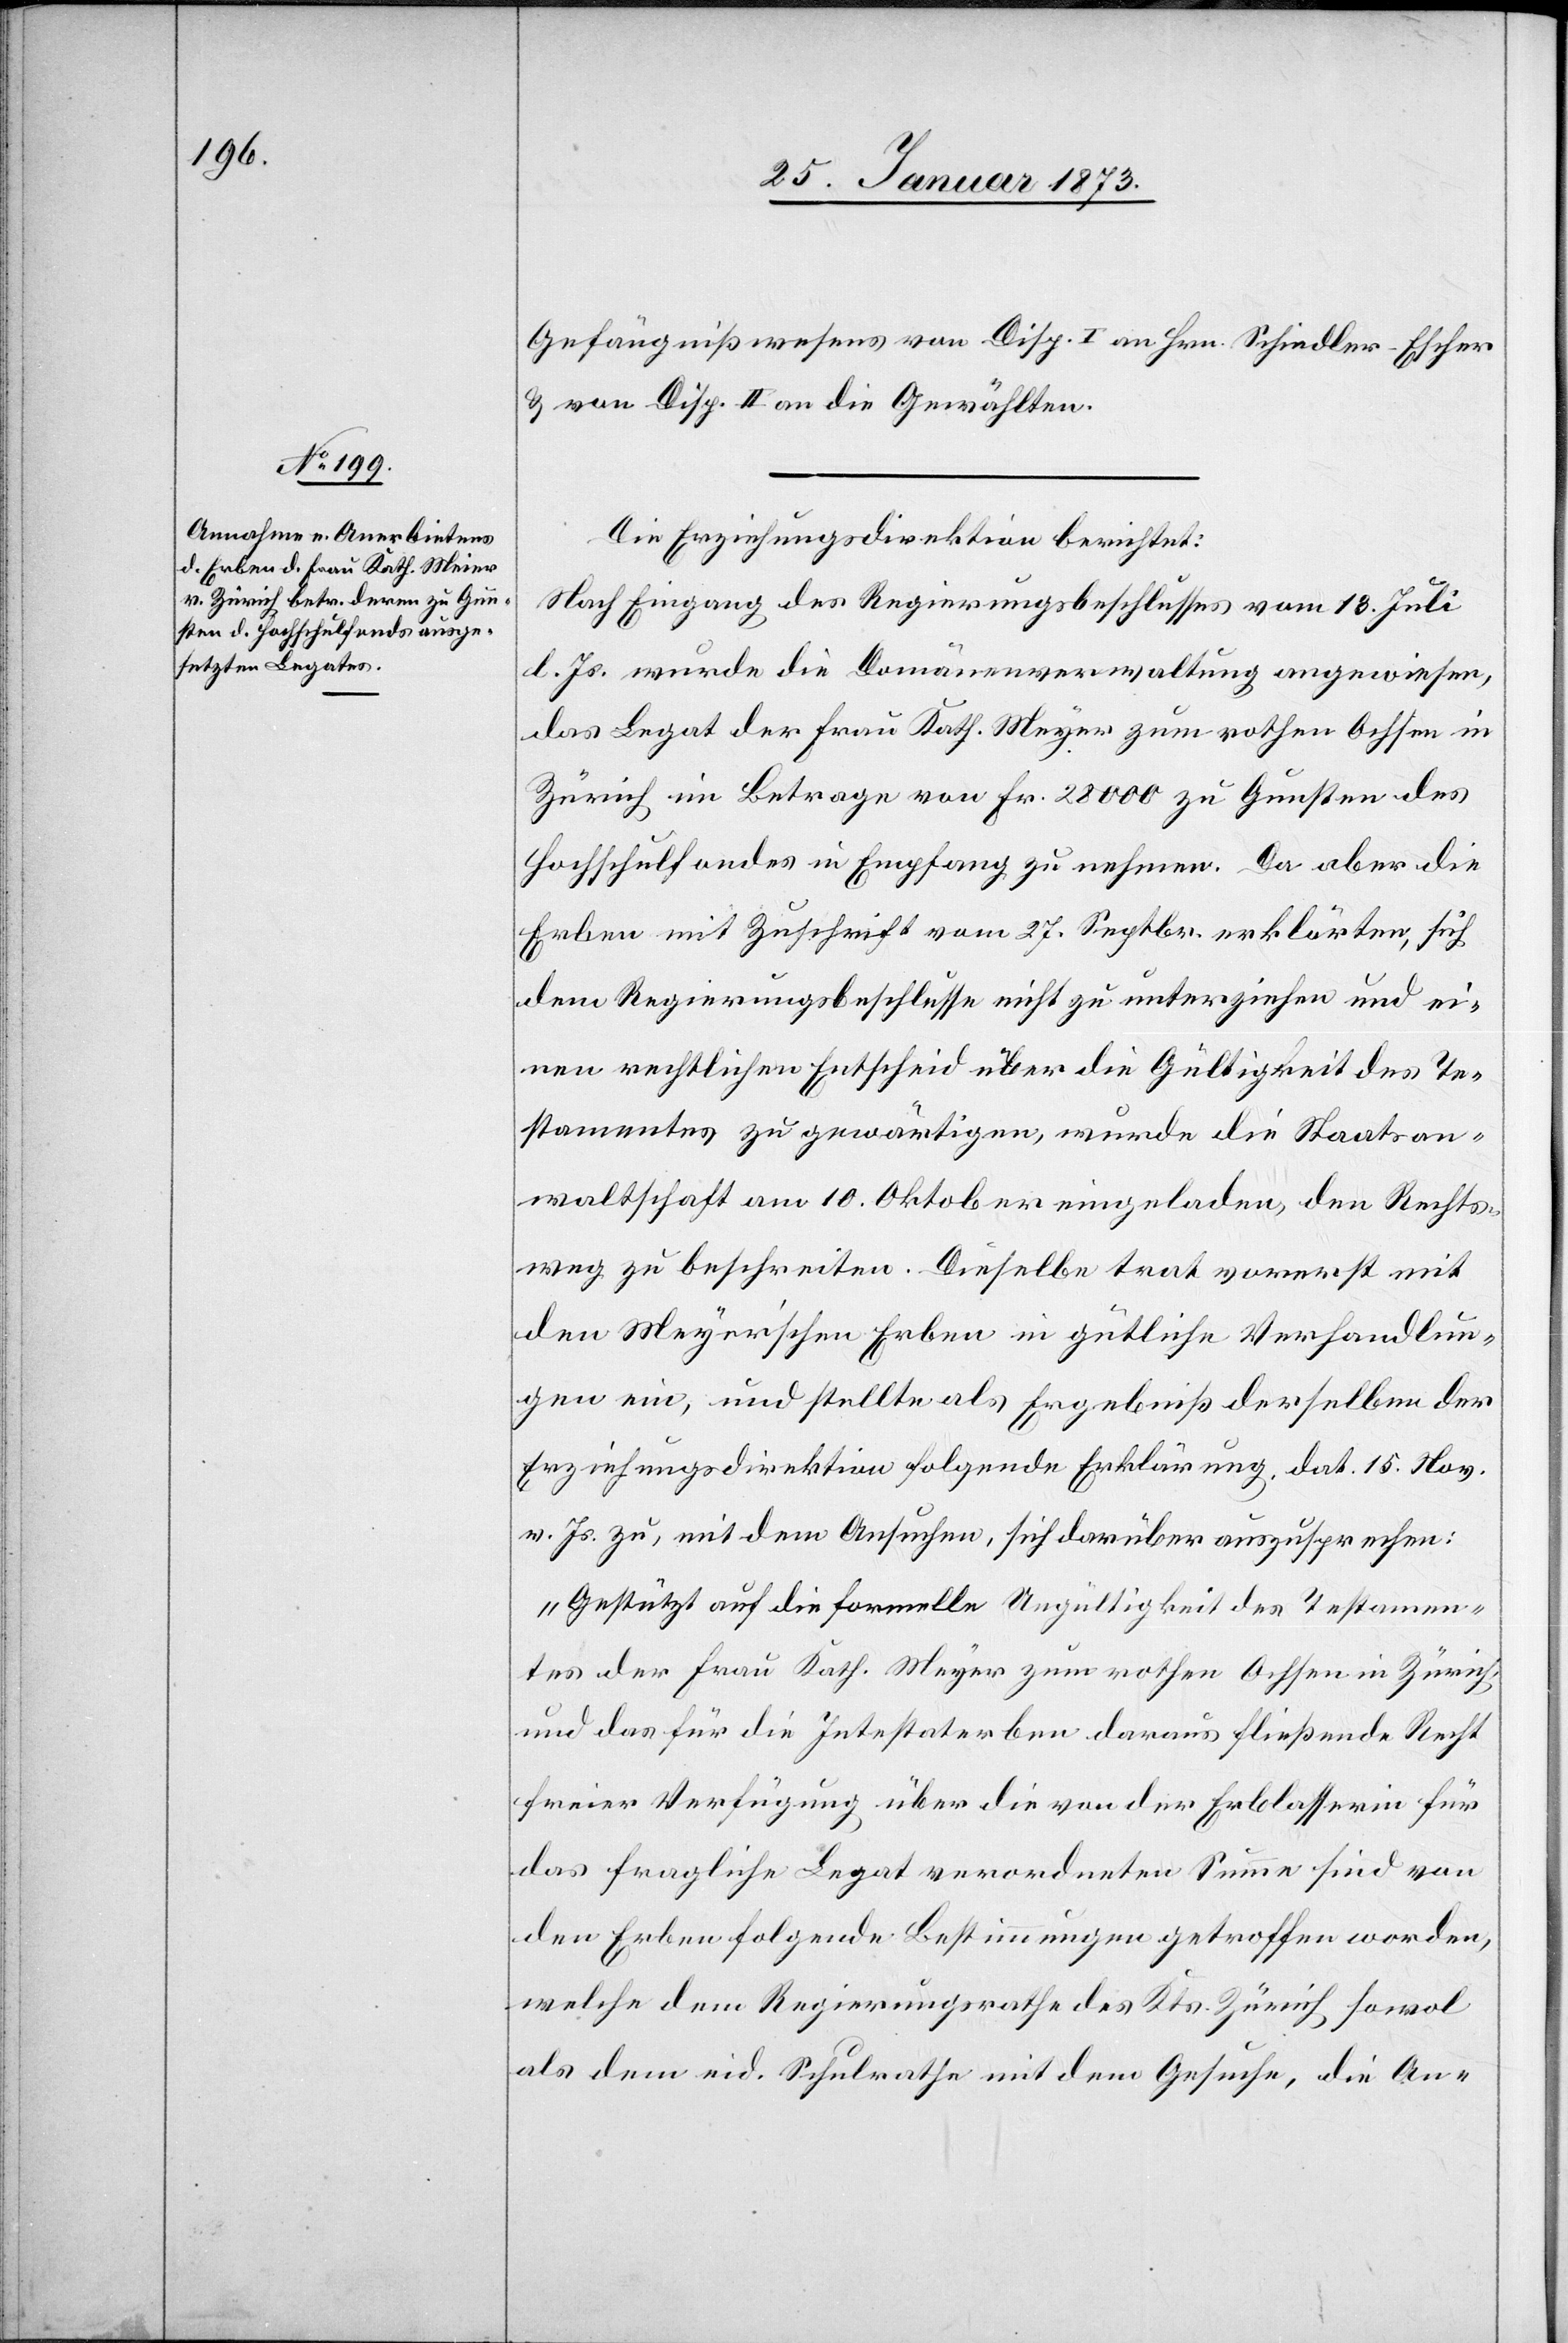
Gefängnißwesens von Disp. I an Hrn. Schiedler-Escher
u. von Disp. II an die Gewählten.
Die Erziehungsdirektion berichtet:
Nach Eingang des Regierungsbeschlusses vom 18. Juli
d. Js. wurde die Comunenverwaltung angewiesen,
das Legat der Frau Kath. Meyer [sic!] zum rothen Ochsen in
Zürich im Betrage von Fr. 28 000 zu Gunsten des
Hochschulfondes in Empfang zu nehmen. Da aber die
Erben mit Zuschrift vom 27. Septbr. erklärten, sich
dem Regierungsbeschlusse nicht zu unterziehen und ei¬
nen rechtlichen Entscheid über die Gültigkeit des Te¬
stamentes zu gewärtigen, wurde die Staatsan¬
waltschaft am 10. Oktober eingeladen, den Rechts¬
weg zu beschreiten. Dieselbe trat vorerst mit
den Meyerschen Erben in gütliche Verhandlun¬
gen ein, und stellte als Ergebniß derselben der
Erziehungsdirektion folgende Erklärung, dat. 15. Nov.
v. Js. zu, mit dem Ansuchen, sich darüber auszusprechen:
„Gestützt auf die formelle Ungültigkeit des Testamen¬
tes der Frau Kath. Meyer zum rothen Ochsen in Zürich,
und das für die Intestaterben daraus fließende Recht
freier Verfügung über die von der Erblasserin für
das fragliche Legat verordneten Summe sind von
den Erben folgende Bestimmungen getroffen worden,
welche dem Regierungsrathe des Kts. Zürich sowol
als dem eid. Schulrathe mit dem Gesuche, die An-